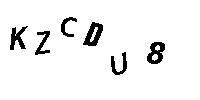
KZCDU8